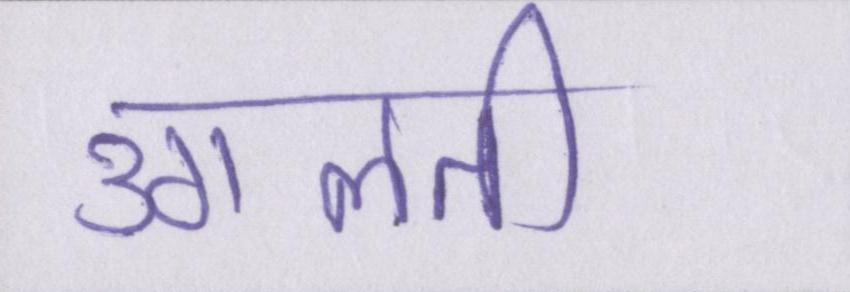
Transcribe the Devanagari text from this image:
उगलती